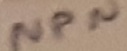
Text: NPN